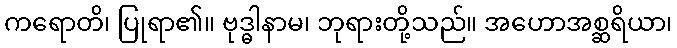
ကရောတိ၊ ပြုရာ၏။ ဗုဒ္ဓါနာမ၊ ဘုရားတို့သည်။ အဟောအစ္ဆရိယာ၊